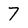
Character: 7